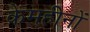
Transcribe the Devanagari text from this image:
केमहीनों